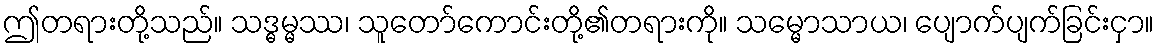
ဤတရားတို့သည်။ သဒ္ဓမ္မဿ၊ သူတော်ကောင်းတို့၏တရားကို။ သမ္မောသာယ၊ ပျောက်ပျက်ခြင်းငှာ။